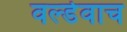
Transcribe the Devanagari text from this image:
वर्ल्डवाच